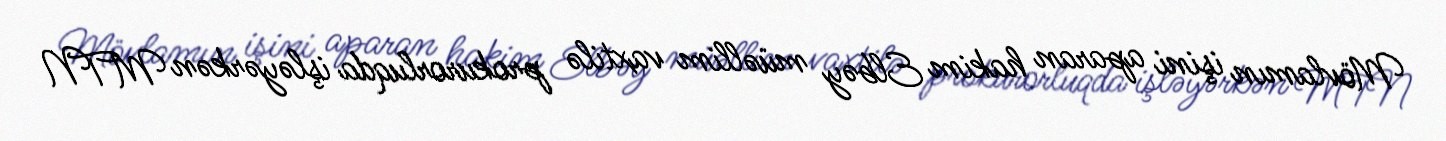
Mövlamın işini aparan hakim Elbəy müəllim vaxtilə prokurorluqda işləyərkən MTN